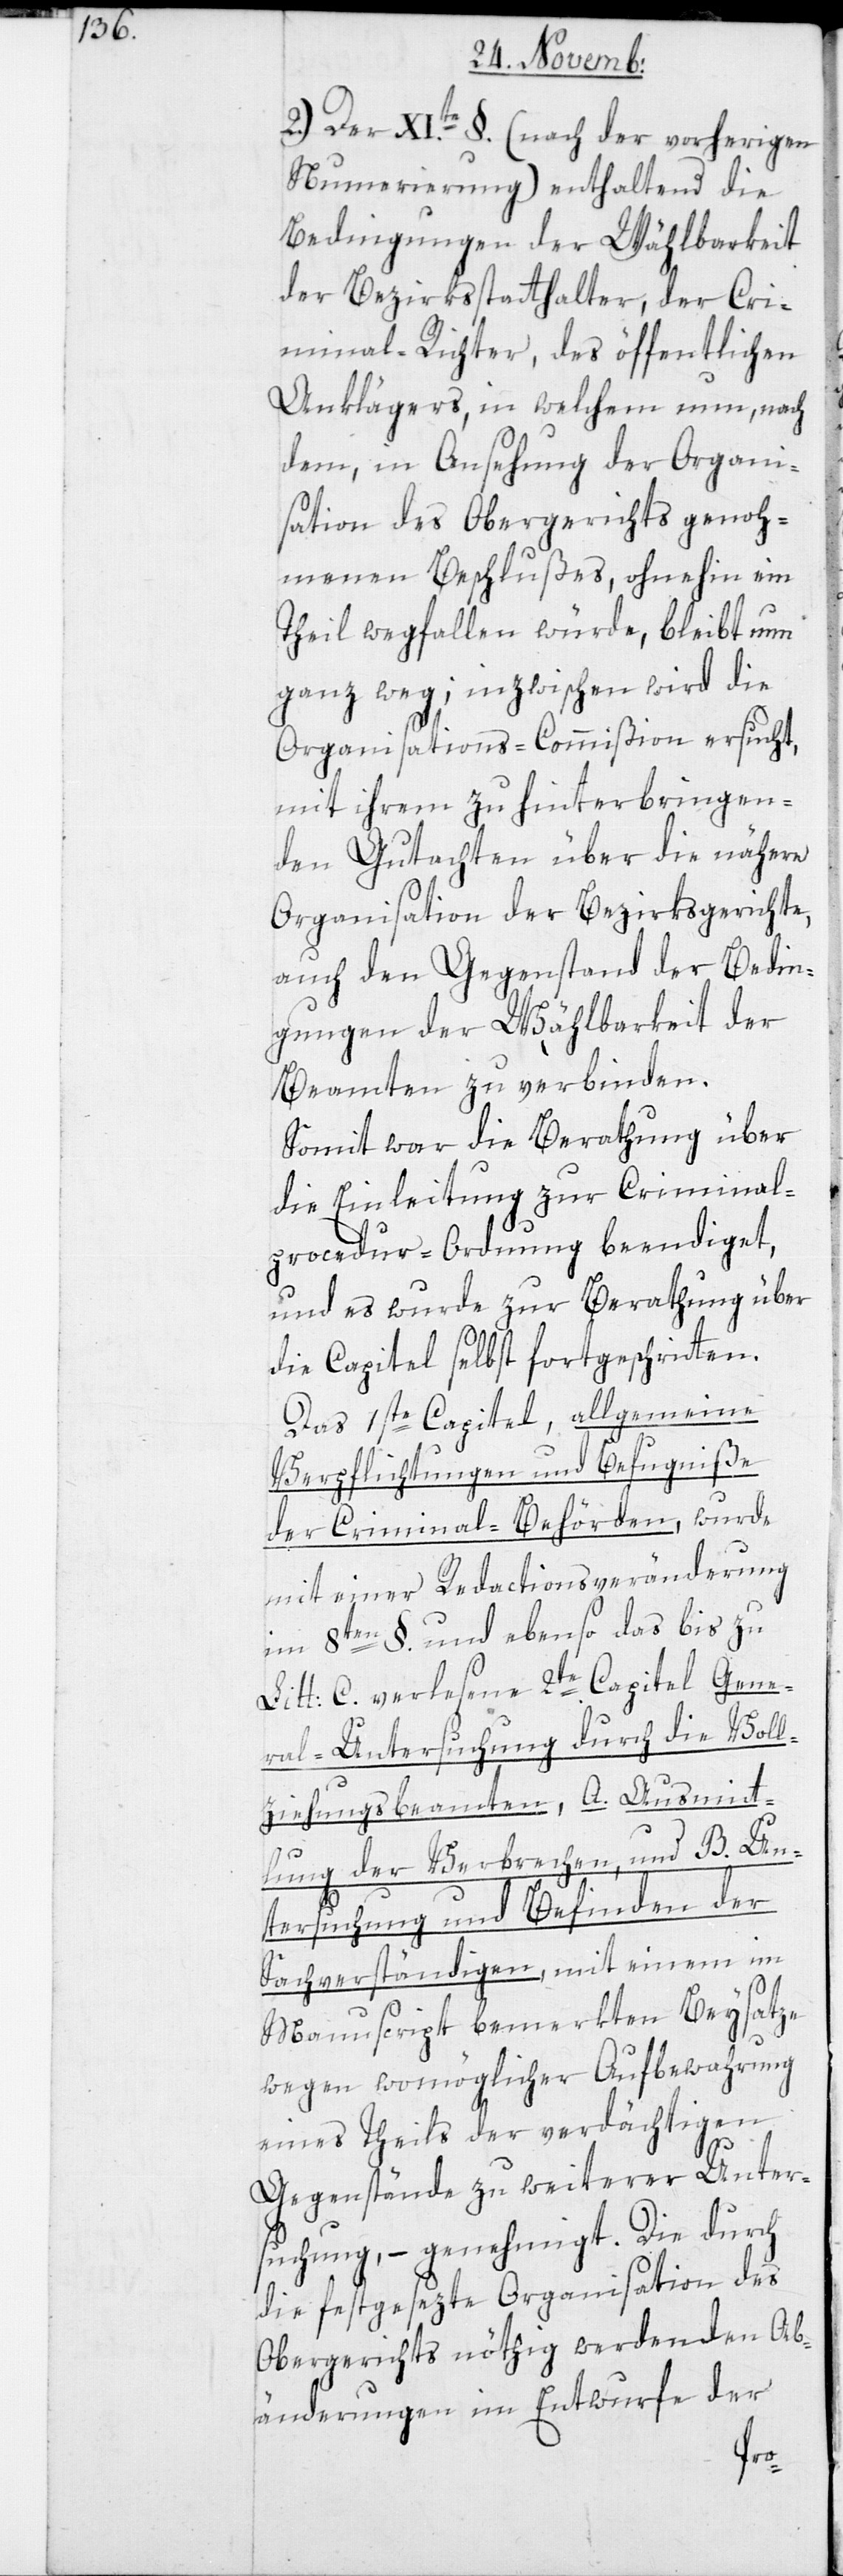
2.) Der XI.te §. (nach der vorherigen
Numerierung) enthaltend die
Bedingungen der Wählbarkeit
der Bezirkßtatthalter, der Cri¬
minal-Richter, des öffentlichen
Anklägers, in welchem nun, nach
dem in Ansehung der Organi¬
sation des Obergerichts genoh¬
menen Beschlußes, ohnehin ein
Theil wegfallen würde, bleibt nun
ganz weg; inzwischen wird die
Organisations-Commißion ersucht,
mit ihrem zu hinterbringen¬
den Gutachten über die nähere
Organisation der Bezirksgerichte,
auch den Gegenstand der Bedin¬
gungen der Wählbarkeit der
Beamten zu verbinden.
Somit war die Berathung über
die Einleitung zur Criminal¬
procedur-Ordnung beendiget,
und es wurde zur Beratung über
die Capitel selbst fortgeschritten.
Das 1ste Capitel, allgemeine
Verpflichtungen und Befugniße
der Criminal-Behörden, wurde
mit einer Redactionsveränderung
im 8ten §. und ebenso das bis zu
Litt. C. verlesene 2te Capitel Gene¬
ral-Untersuchung durch die Voll¬
ziehungsbeamten, A. Ausmit¬
tlung der Verbrechen und B. Un¬
tersuchung und Befinden der
Sachverständigen, mit einem im
Manuscript bemerkten Beysatze
wegen womöglicher Aufbewahrung
eines Teils der verdächtigen
Gegenstände zu weiterer Unter¬
suchung, – genehmigt. Die durch
die festgesezte Organisation des
Obergerichts nöthig werdenden Ab¬
änderungen im Entwurfe der